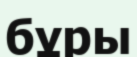
бұры